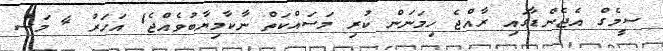
ސީމެގް އެޖެންޑާގައި ރާއްޖެ ހިމަނަން ކުރި މަސައްކަތް ނާކާމިޔާބުވެއްޖެ1 އަހަރު 4 މަސް